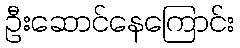
ဦးဆောင်နေကြောင်း